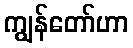
ကျွန်တော်ဟာ